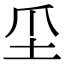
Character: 坕